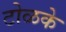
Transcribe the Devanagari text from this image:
टोळके